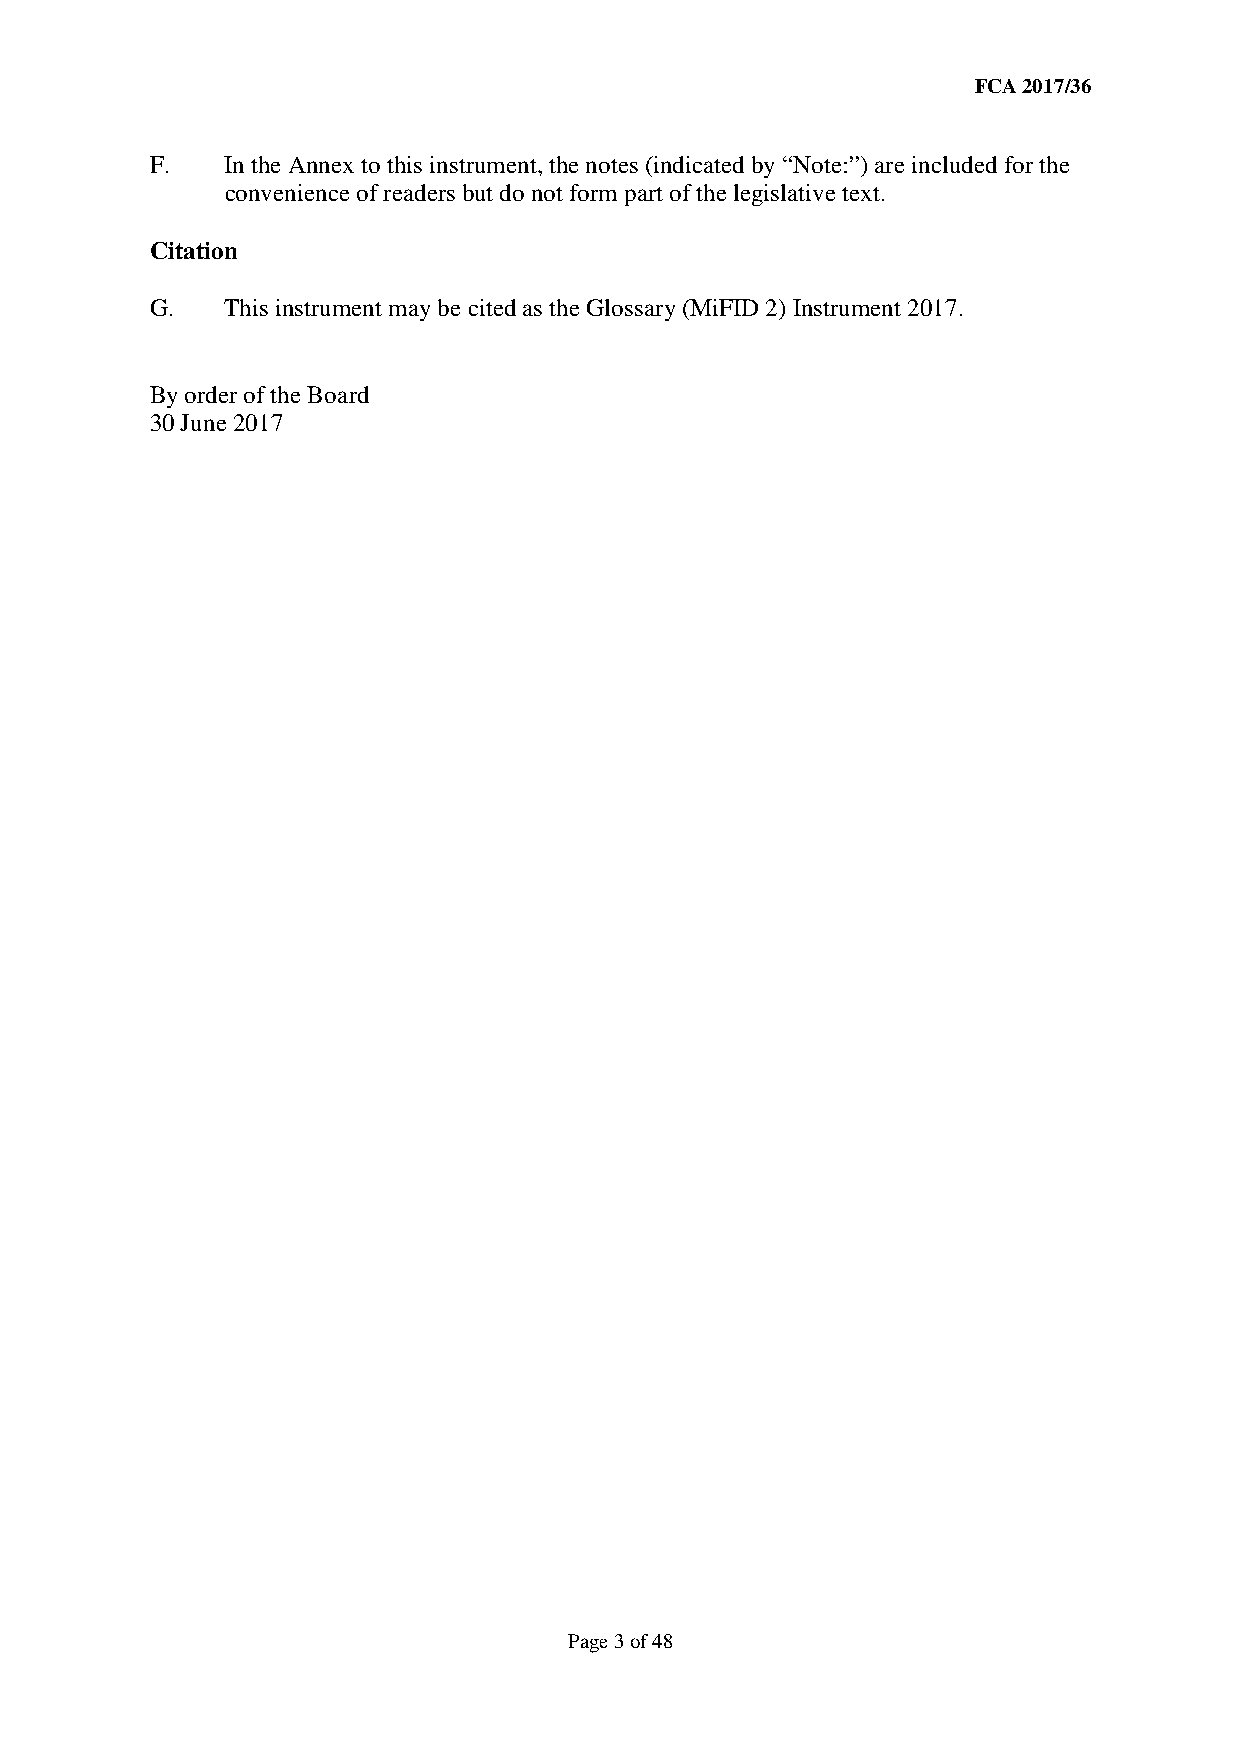
FCA 2017/36
 F.   In the Annex to this instrument, the notes (indicated by “Note:”) are included for the
 convenience of readers but do not form part of the legislative text.
 Citation
 G.   This instrument may be cited as the Glossary (MiFID 2) Instrument 2017.
 By order of the Board
 30 June 2017
 Page 3 of 48